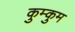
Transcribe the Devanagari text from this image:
कुम्कुम